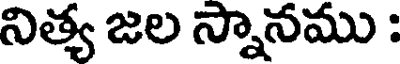
నిత్య జల స్నానము :